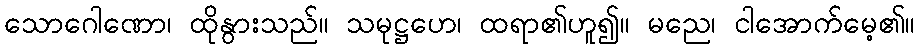
သောဂေါဏော၊ ထိုနွားသည်။ သမုဋ္ဌဟေ၊ ထရာ၏ဟူ၍။ မညေ၊ ငါအောက်မေ့၏။